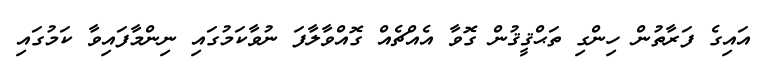
އައިގެ ފަރާތުން ހިންގި ތަޙްޤީޤުން ގޮވާ އެއްޗެއް ގޮއްވާލާފަ ނުވާކަމުގައި ނިންމާފައިވާ ކަމުގައި